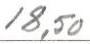
18,50